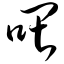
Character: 喂